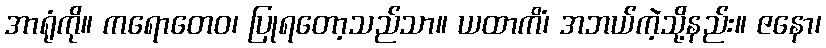
အာရုံကို။ ကရောတေဝ၊ ပြုရတော့သည်သာ။ ယထာကိံ၊ အဘယ်ကဲ့သို့နည်း။ ဇနော၊